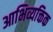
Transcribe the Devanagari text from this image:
आभिव्यक्तिक